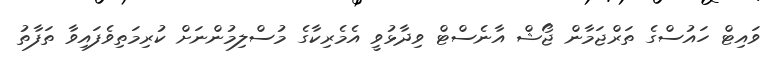
ވައިޓް ހައުސްގެ ތަރްޖަމާން ޖޯޝް އާނެސްޓް ވިދާޅުވީ އެމެރިކާގެ މުސްލިމުންނަށް ކުރިމަތިވެފައިވާ ތަފާތު